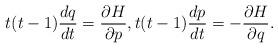
LaTeX: \begin{align*}t(t-1)\frac{dq}{dt}=\frac{\partial H}{\partial p},t(t-1)\frac{dp}{dt}=-\frac{\partial H}{\partial q}. \end{align*}